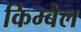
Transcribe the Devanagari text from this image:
किम्बेल